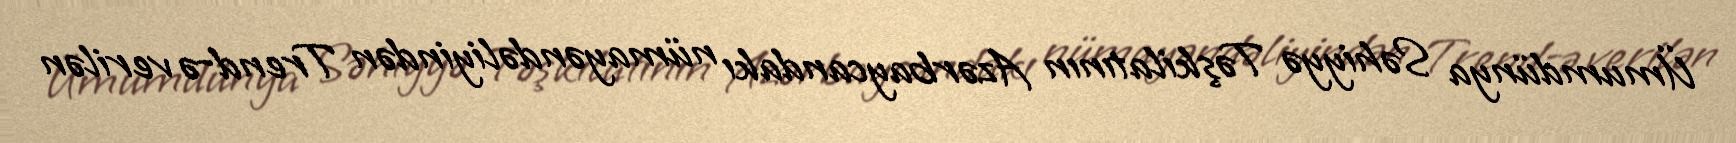
Ümumdünya Səhiyyə Təşkilatının Azərbaycandakı nümayəndəliyindən Trend-ə verilən